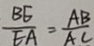
\frac { B E } { E A } = \frac { A B } { A C }